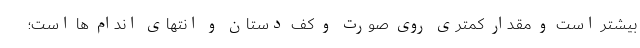
بیشتر است و مقدار کمتری روی صورت و کف دستان و انتهای اندام ها است؛